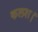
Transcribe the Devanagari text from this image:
कलश।